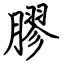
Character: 膠